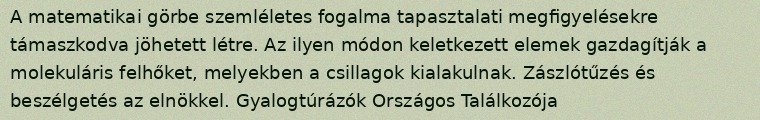
A matematikai görbe szemléletes fogalma tapasztalati megfigyelésekre támaszkodva jöhetett létre. Az ilyen módon keletkezett elemek gazdagítják a molekuláris felhőket, melyekben a csillagok kialakulnak. Zászlótűzés és beszélgetés az elnökkel. Gyalogtúrázók Országos Találkozója